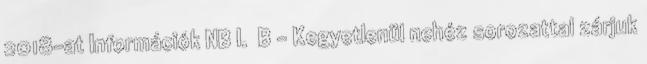
2018-at Információk NB I. B – Kegyetlenül nehéz sorozattal zárjuk